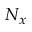
N _ { x }